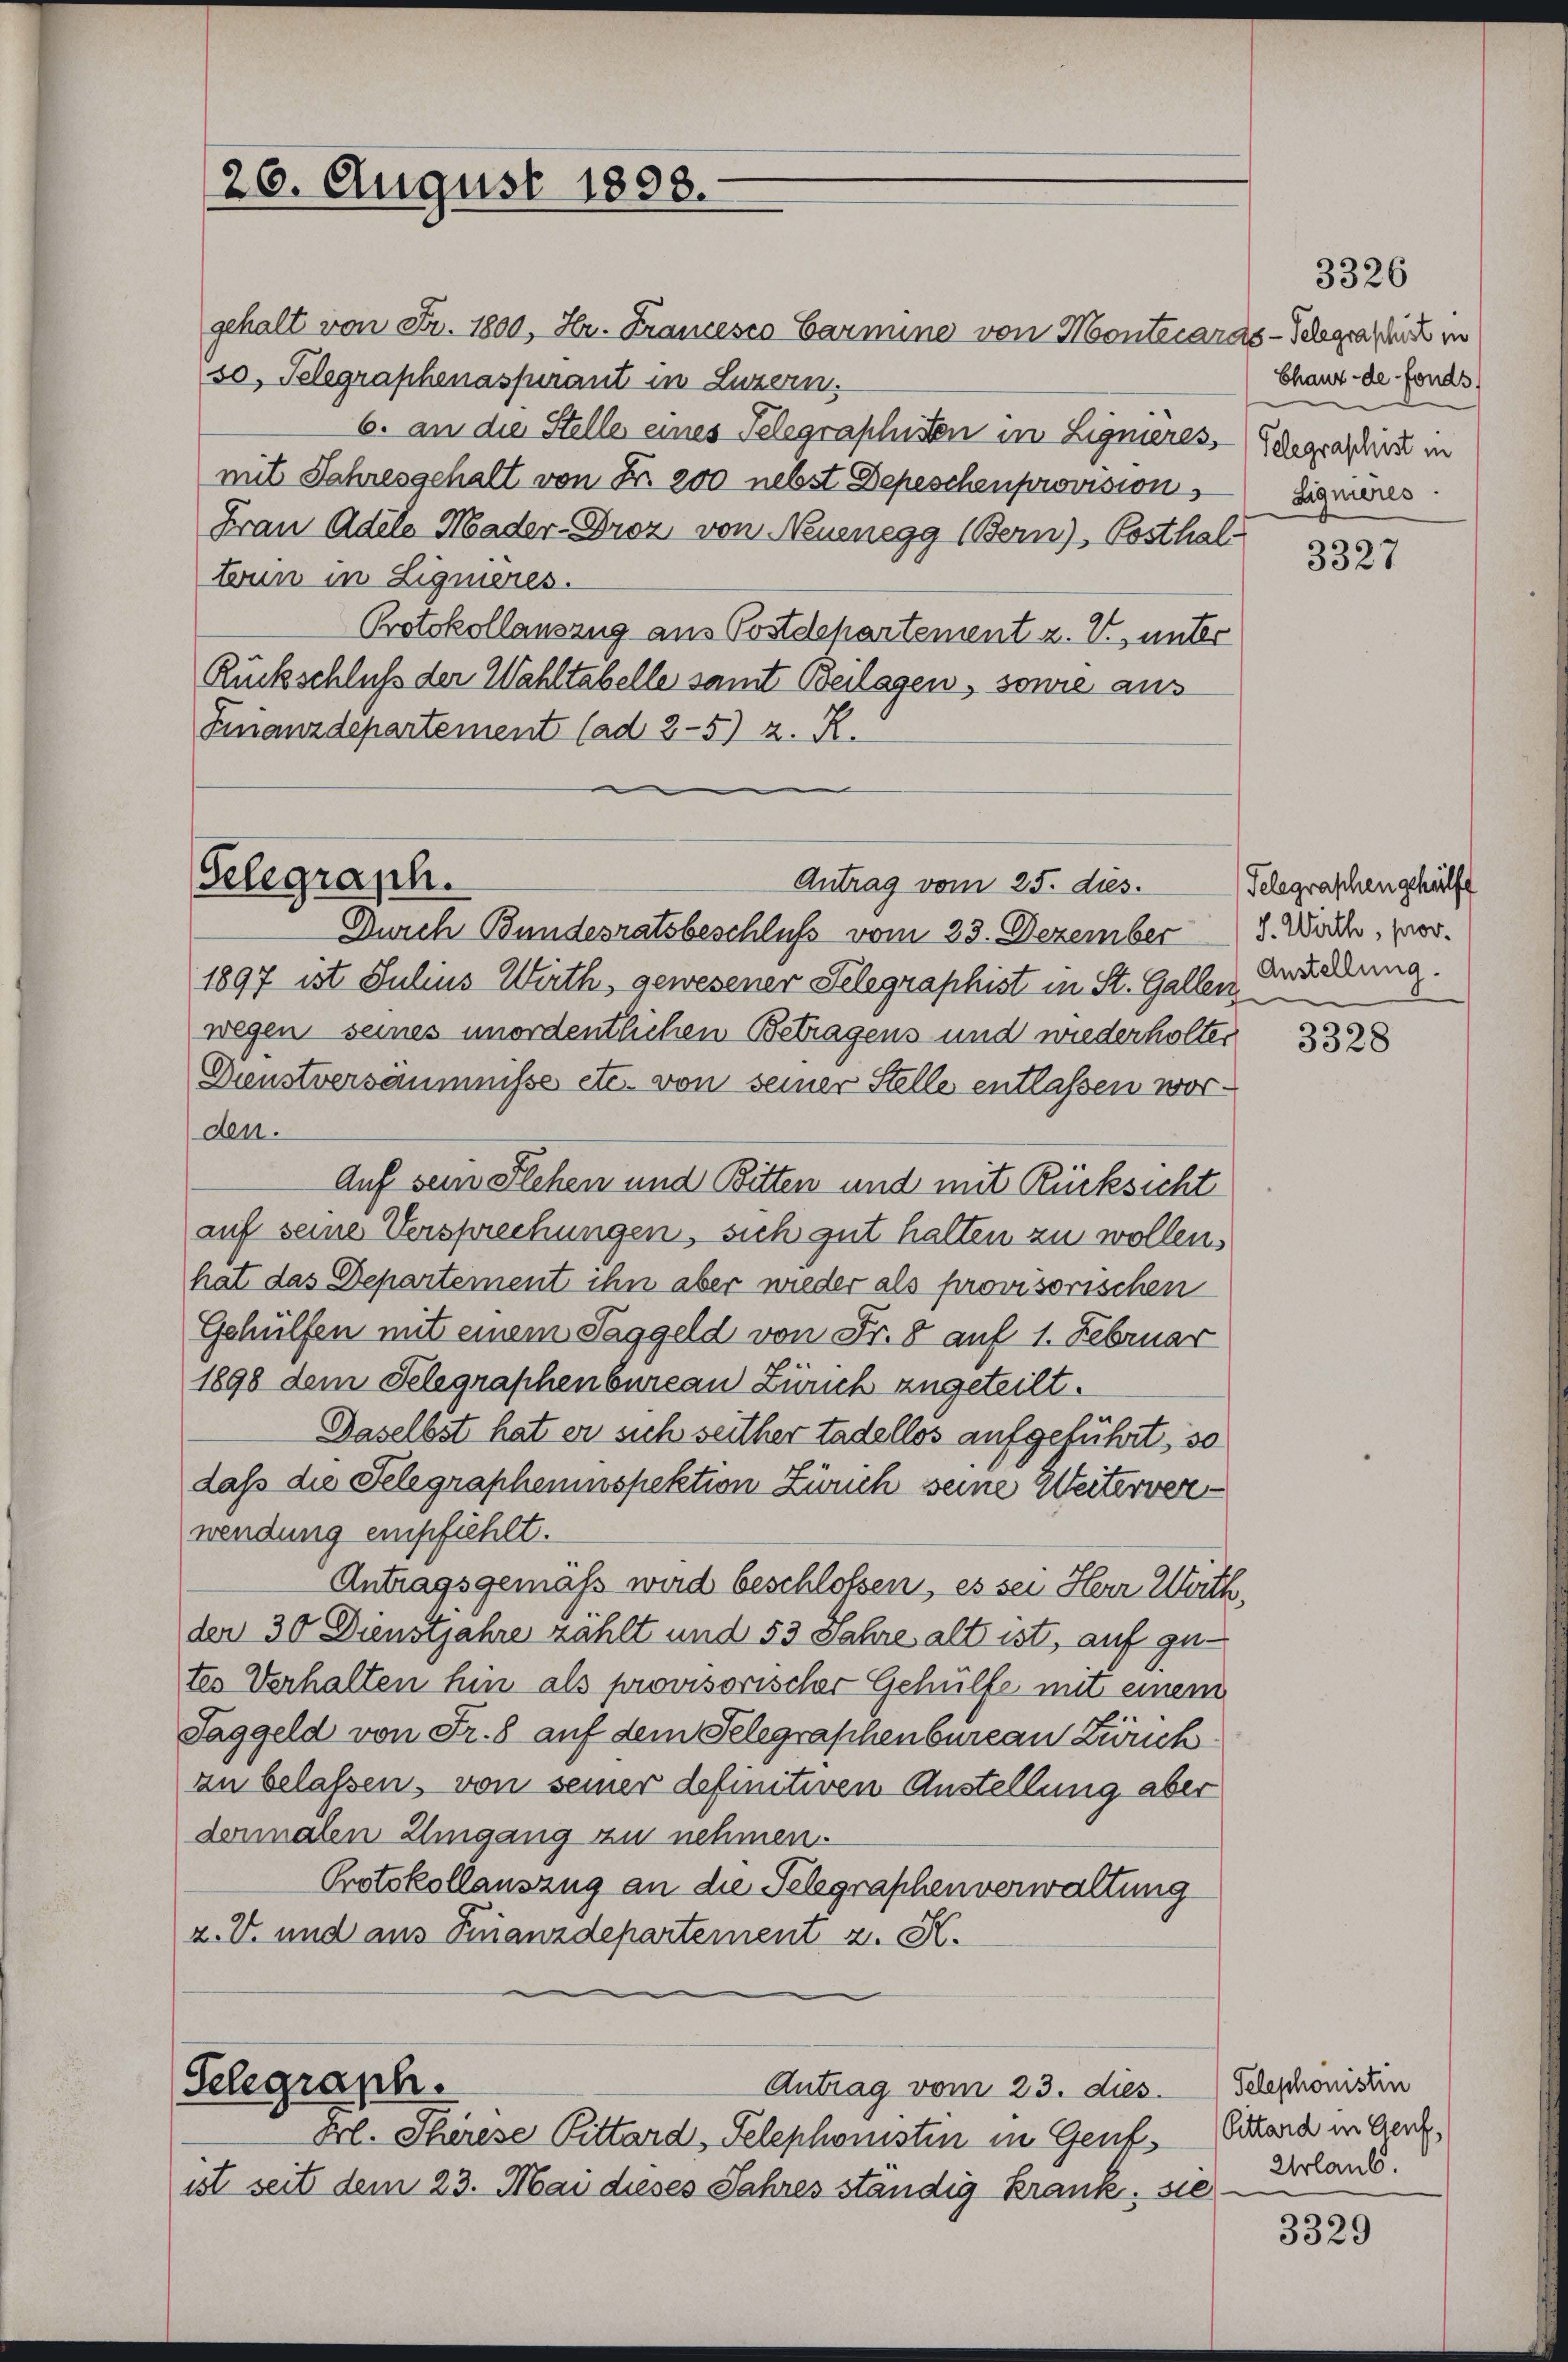
gehalt von Fr. 1800, Hr. Francesco Carmine von Montecaras-Schgraschick in
50, Telegraphenassurant in Luzern.
6. an die Stelle eines Telegraphisten in Ligmeres,
mit Jahresgehalt von Z. 200 nebst Depeschenprovisions
Frau Adels Mader-Droz, von Neuenegg (Bern), Posthalterin in Ligmeres.
Protokollauszug aus Postdepartement z. V., unter
Rückschluß der Wahltabelle samt Beilagen, sowie aus
Finanzdepartement (ad 2-5) z. R.

26. August 1808.

Selegraph.

Antrag vom 25. dies. Telegraschengehülfe

Schgraph.
Antrag vom 23. dies

Frl. Therese Pittard, Telephonisten in Genf
ist seit dem 23. Mai dieses Jahres ständig krank, sie

Durch Bundesratsbeschluß vom 23. Dezember
1897 ist Julius Wirth, gewesener Selegraphist in St. Gallen Beurkung.
wegen seines unordentlichen Betragens und wiederholter
Dienstversäumnisse etc. von seiner Stelle entlassen worden.
Auf sein Flehen und Bitten und mit Rücksicht
auf seine Versprechungen, sich gut halten zu wollen.
hat das Departement ihn aber wieder als provisorischen
Gehülfen mit einem Taggeld von Fr. 8 auf 1. Februar
1898 dem Selegraphenbureau Zürich zugeteilt.
Daselbst hat er sich seither tadellos aufgeführt, so
dass die Telegrapheninspektion Zürich seine Weiterverwendung empfiehlt.
Antragsgemäß wird beschloßen, es sei Herr Wirth,
der 30 Dienstjahre zählt und 53 Jahre alt ist, auf gutes Verhalten hin als provisorischer Gehülfe mit einem
Taggeld von Fr. 8 auf dem Telegraphenbureau Zürich
an belassen, von seiner definitiven Anstellung aber
dermalen Eingang zu nehmen.
Protokollauszug an die Telegraphenverwaltung
z. V. und aus Finanzdepartement z. K.

Chaux-de-Fonds
Telegraphist in
Signieres.

J. Warthe, prov.

3328

3329

3326

3327

Telephonistin
Cittard in Genf,
Urlaub.